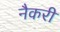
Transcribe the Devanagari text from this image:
नैकरी